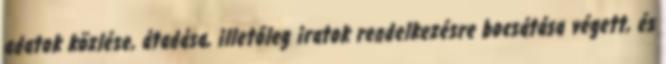
adatok közlése, átadása, illetőleg iratok rendelkezésre bocsátása végett, és